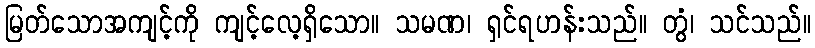
မြတ်သောအကျင့်ကို ကျင့်လေ့ရှိသော။ သမဏ၊ ရှင်ရဟန်းသည်။ တွံ၊ သင်သည်။